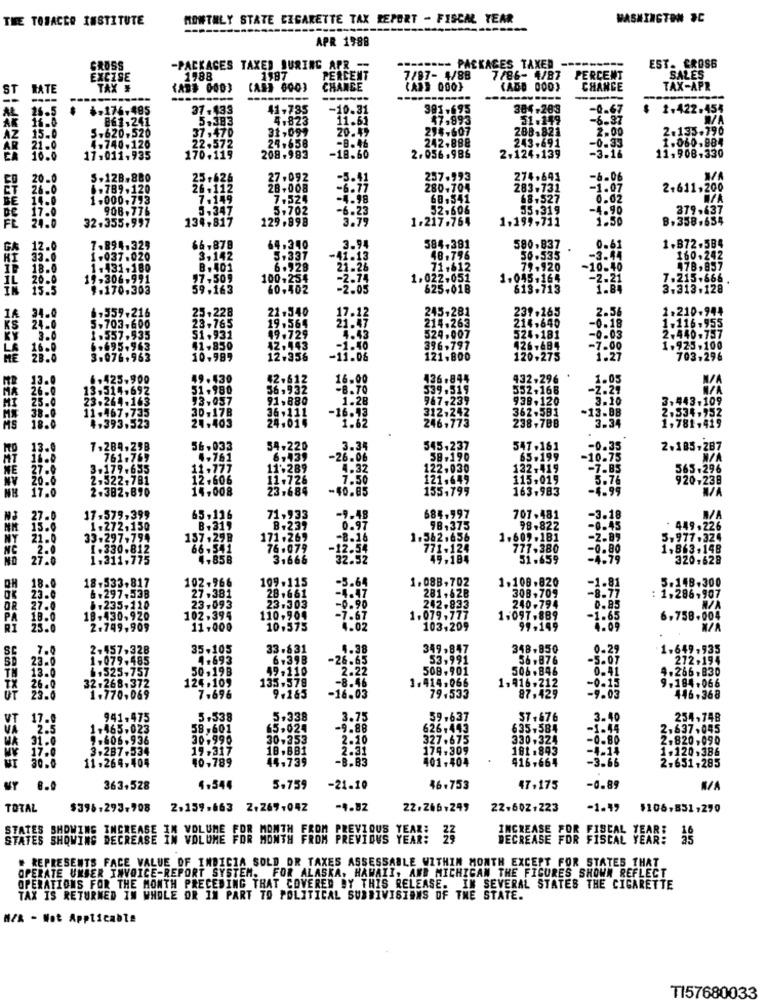
THE TOBACCO INSTITUTE
MONTHLY STATE CIGARETTE TAX REPORT - FISCAL YEAR
WASHINGTON &C
APR 1988
-------- PAL
GROSS
-PACKAGES TAXED SURING APR
ACES TAXED ---------
EST. CROSS
EXCISE
1988
1987
PERCENT
7/87- 4/88
7/86- 4/87
PERCENT
SALES
ST
RATE
TAX #
(ASI 000)
CHANGE
(ADD 000)
CHANGE
TAX-APR
----------
AL
26.5
+-176,485
37.433
41,735
-10.31
381.695
384-283
$ 1.422.454
861,241
5.383
4,823
11.61
47.893
51.119
-6.37
W/A
AK 11.0
5.620.520
37 , 470
31,099
20.49
294-607
288-821
2.00
2.135.790
AZ
24.658
-8.46
242,888
243-691
1.060,884
.740.120
22.572
-3.16
-0.33
11,908-330
11.011.935
170.119
208-983
-18.60
2.056.986
2.124,139
20.0
5.128.880
25+626
27.092
-5.41
257.993
274,641
-6-06
ET
6.789.120
26.112
28.008
-6.77
280-704
283-731
-1.07
2.611.200
BE
1.000.793
7.149
7.524
-4.98
68.541
68.527
0.02
908.776
3,347
5,702
-6.23
52.606
55.319
-4.90
379.637
134,817
129.998
3.79
1.217.76
1.199-711
1.50
8. 358.654
24.0
32.355.997
7.894.329
66-878
64.340
3.94
584-3
590,837
0.61
1.872.5B4
1.037.020
3,142
5.337
-41.13
48 .7
56.535
-3.44
160.242
1.131.180
B. 401
6.928
21.26
79.920
-10.40
478,857
19-306-991
97,509
100-254
-2.74
1.022.051
1.045.164
-2.21
7.215.666
15.5
$.170.303
59.163
60.402
-2.05
625-018
613.713
3.313.128
1,359.
25.228
21.540
39.265
2.56
1.210-944
34.
23,765
21.47
214,640
-0.18
24-
5.703.
19.564
1.116.955
1.0
51. 931
49.729
4.43
524.007
524.181
-0.03
2.440-757
16:0
41.850
42,443
-1.40
396,797
426,684
-7.00
1.925.100
10.989
12.356
-11.06
121.800
120.275
1.27
703.296
49.430
42.612
16.00
432,296
1.05
.980
56,9
-B.TO
552.168
-2.29
93.057
91.880
1.28
938.120
3.10
30-178
36,111
-16.13
362.581
-13.88
2.534,952
24,403
24.014
1.62
238-78B
1,781.419
3.34
56,033
54.220
3.34
545,237
547.161
-0.35
2.185,287
4.761
6,439
-26.06
58.190
65.199
-10.75
11.777
11.289
4.32
122,030
122-419
-7.85
565.296
12,606
11.
7.50
121.649
115.019
5.76
920,238
14.008
23,684
-40.85
155,799
163.983
-4.99
684,997
65,116
71
133
-9.48
707.481
-3.18
B+319
98,375
98.822
-6.45
449 , 22
157,298
171 .267
-8.16
1.562,656
1.609.181
-2.89
5,977.324
66,541
76.079
12.54
771-124
777.380
-0.80
1,863,148
4,858
3.666
32.52
49.184
51.659
-4.79
320,628
102-966
109.115
-5.64
1.08B, 702
1.108.820
5.148-300
27.381
28.661
281,628
308.709
: 1,286,907
23.093
23.303
-0.90
242.833
240-794
0.85
102,394
110-904
-7.67
1.079,777
1-097.889
-1.65
6,758.004
11,000
10.575
4.02
103,209
99,149
4.09
35-105
33.631
4.38
349,847
348.850
0-29
1.649,935
4-693
6.398
-26.65
53,991
56.876
-5.09
272.194
13.0
6.525,757
50,19B
49.110
2.22
508-901
506.846
4.266.830
32.268.372
124.109
135-578
-8.46
1.414.066
-0.15
9.184.066
26.0
1, 916,212
87,429
-9.03
23.0
1.770.069
7.696
9.1&5
-16.03
79.533
446.368
17.0
941,47
5.538
5.338
3.75
59.637
57+ 676
3.40
254,748
2.5
1.465.023
58,601
65,024
-9.88
626,443
635,584
-1.44
2,637.045
WA 31.0
9.606.936
30.990
30-353
2.20
327.675
330,324
-0.80
2,820,090
3.287.534
19,317
10.881
2.31
174,309
181.843
-4-14
1.120.386
MI 30.0
MV 17.0
11.264.404
44.739
-8.83
401-404
416,664
-3.66
40,789
2.651+285
363,528
4.544
5.759
-21.10
46.753
47,175
-0.89
TOTAL
$396.293-708
2,159,663 2+269-042
-4.82
22.266.249
22-602.223
-1.49
$106,851,270
STATES SHOWING INCREASE IN VOLUME FOR MONTH FROM PREVIOUS YEAR:
INCREASE FOR FISCAL YEAR!
STATES SHOWING DECREASE IN VOLUME FOR MONTH FROM PREVIOUS YEAR:
DECREASE FOR FISCAL YEAR: 25
. REPRESENTS FACE VALUE OF INDICIA SOLD OR TAXES ASSESSABLE WITHIN MONTH EXCEPT FOR STATES THAT
OPERATE UMBER INVOICE-REPORT SYSTEM. FOR ALASKA, HAWAII, AND MICHIGAN THE FIGURES SHOWN REFLECT
OPERATIONS FOR THE MONTH PRECEDING THAT COVERED BY THIS RELEASE. IN SEVERAL STATES THE CIGARETTE
TAX IS RETURNED IN WHOLE OR IN PART TO POLITICAL SUBDIVISIONS OF THE STATE.
N/A - Not Applicable
TI57680033